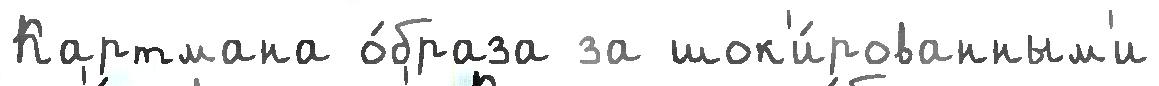
Картмана о́браза за шок'и́рованным'и